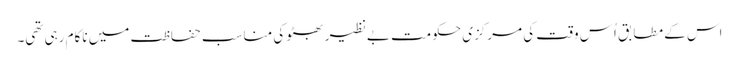
اس کے مطابق اُس وقت کی مرکزی حکومت بے نظیر بھٹو کی مناسب حفاظت میں ناکام رہی تھی۔